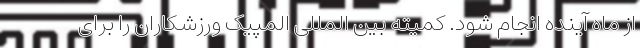
از ماه آینده انجام شود. کمیته بین المللی المپیک ورزشکاران را برای